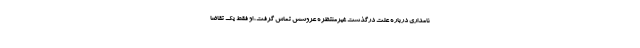
نامداری درباره علت درگذشت غیرمنتظره عروسش تماس گرفت، او فقط یک تقاضا